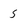
Character: 5